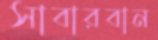
সাবারবান